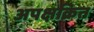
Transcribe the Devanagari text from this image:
अपक्षक्रित